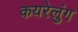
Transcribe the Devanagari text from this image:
कयरेलुंग